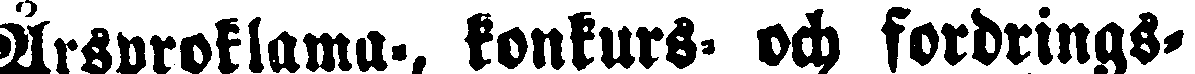
Årsproklama-, konkurs- och fordrings-